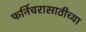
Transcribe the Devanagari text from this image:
फर्निचरासाठीच्या